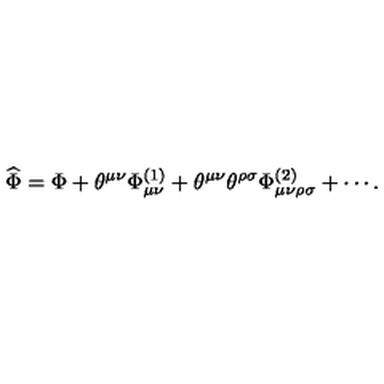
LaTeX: \widehat { \Phi } = \Phi + \theta ^ { \mu \nu } \Phi _ { \mu \nu } ^ { ( 1 ) } + \theta ^ { \mu \nu } \theta ^ { \rho \sigma } \Phi _ { \mu \nu \rho \sigma } ^ { ( 2 ) } + \cdots .